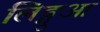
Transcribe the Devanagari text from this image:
लिङ्गुआ